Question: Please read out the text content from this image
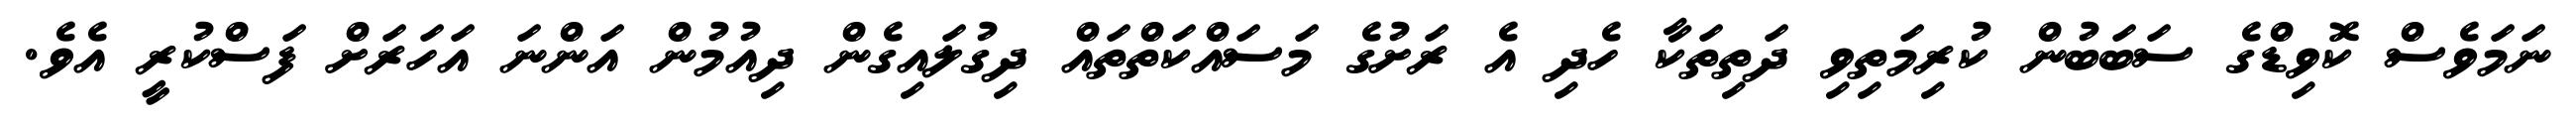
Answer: ނަމަވެސް ކޮވިޑްގެ ސަބަބުން ކުރިމަތިވި ދަތިތަކާ ހެދި އެ ރަށުގެ މަސައްކަތްތައް ދިގުލައިގެން ދިއުމުން އަންނަ އަހަރަށް ފަސްކުރީ އެވެ.